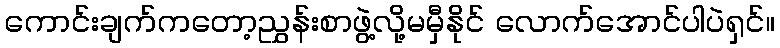
ကောင်းချက်ကတော့ညွှန်းစာဖွဲ့လို့မမှီနိုင် လောက်အောင်ပါပဲရှင်။